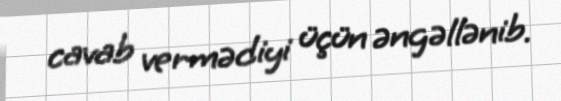
cavab vermədiyi üçün əngəllənib.